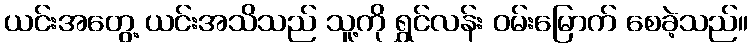
ယင်းအတွေ့ ယင်းအသိသည် သူ့ကို ရွှင်လန်း ဝမ်းမြောက် စေခဲ့သည်။